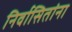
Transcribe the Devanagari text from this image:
निर्वासितांना